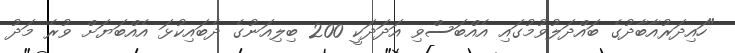
"ހައިދަރުއާބާދުގެ ބައްދަލުވުމުގައި އެއްބަސްވި އަދަދަކީ 200 ބިލިއަނުގެ ދެބައިކުޅަ އެއްބަޔަށް ވުރެ މަދު